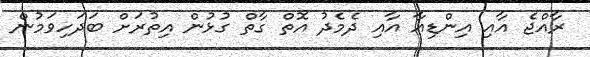
ރާއްޖެ އާއި އިންޑިއާ އާއި ދެމެދު އޮތް ގާތް ގުޅުން އިތުރަށް ބަދަހިވަމުން